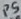
Text: P5